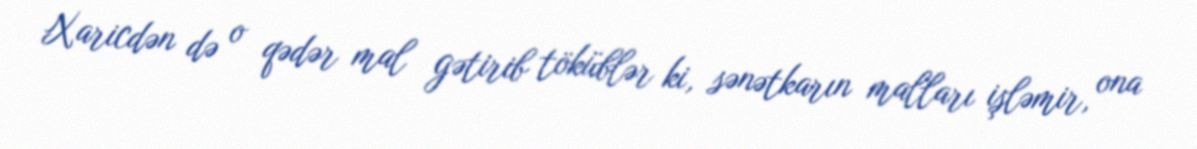
Xaricdən də o qədər mal gətirib töküblər ki, sənətkarın malları işləmir, ona